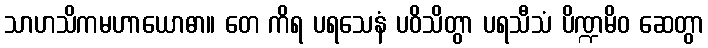
သာဟသိကမဟာယောဓာ။ တေ ကိရ ပရသေနံ ပဝိသိတွာ ပရသီသံ ပိဏ္ဍမိဝ ဆေတွာ